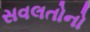
સવલતોનો